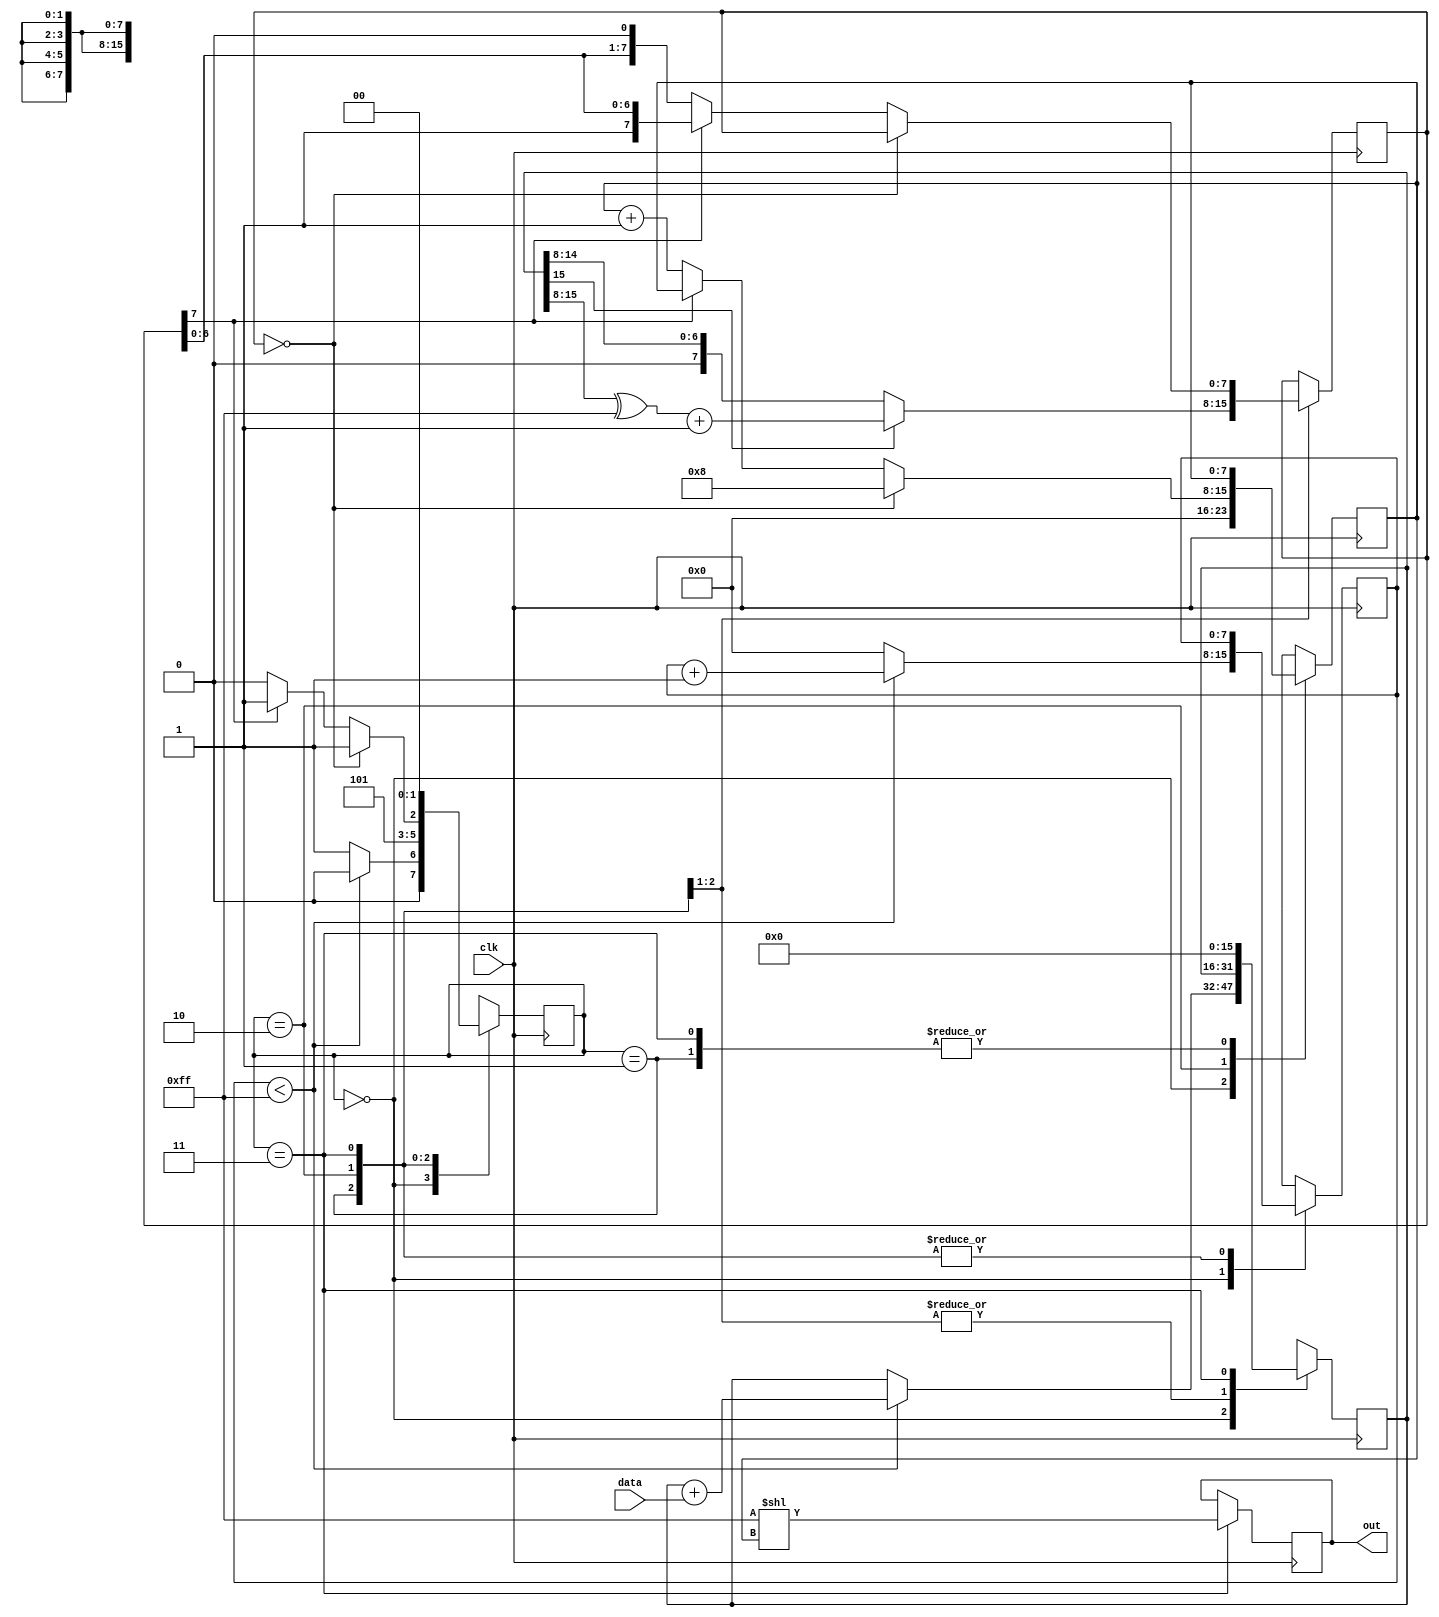
module intensity(clk, data, out);

//inputs and outputs
input clk;
input [7:0] data;
output reg [7:0] out;

//variables
reg [7:0] average=0;
reg [7:0] count=0;
reg [7:0] count1=0;
reg [15:0] sum=0;
reg [1:0] state;

//state definitions
parameter check_samples = 2'b00;
parameter get_average = 2'b01;
parameter output_led = 2'b11;
parameter shift_led = 2'b10;

always@(posedge clk) begin

	
case(state)
	//checks to see if 256 samples have been counted
	check_samples: begin
		if(count < 8'd255) begin
		sum <= sum + data;
		count <= count +1;
		state <= check_samples;
		end else begin
		count <= 0;
		state <= get_average;
		end

		count1 = 0;
	end
	//gets average value by first getting absolute value of sum [15:8]
	get_average: begin
		if(sum[15] == 1'b1) begin //get absolute if negative
			average <= ((sum[15:8] ^ 8'b11111111) + 1);
	
		//just average
		end else begin 
			average <= sum[15:8]; end
	
		state <= shift_led;
	end
	//shifts the average left until MSB is 1 and counts up count1
	shift_led: begin

		if (average == 8'b00000000) begin
			count1 <= 8;
			state <= output_led;
		end else if(average[7] != 1'b1) begin
			count1 <= count1+1;
			average <= average<<1;
			state <= shift_led;
		end else begin
			//count1 <= 0;
			state <= output_led;	
		end
	end
	//sifts 8'hFF left by count1 number of times
	output_led: begin
		sum <= 0;
		out <= (8'b11111111<<count1);
		state <= check_samples;
	end
	//default goes to check smaples
	default: begin
		count =0;
		sum =0;
		count1 =0;
		state <= check_samples;
	end
		

endcase
		
end


endmodule